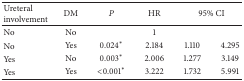
| Ureteral involvement | DM | P | HR | <COLSPAN=2> 95% CI |
 | --- | --- | --- | --- | --- | --- |
 | No | No |  | 1 |  |  |
 | No | Yes | 0.024* | 2.184 | 1.110 | 4.295 |
 | Yes | No | 0.003* | 2.006 | 1.277 | 3.149 |
 | Yes | Yes | <0.001* | 3.222 | 1.732 | 5.991 |